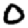
Digit: 0